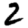
Digit: 2